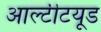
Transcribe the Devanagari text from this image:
आल्टीटयूड